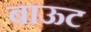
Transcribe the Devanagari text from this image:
बाऊट